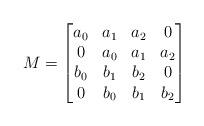
LaTeX: \begin{align*}M=\left[\begin{matrix}a_0 & a_1 & a_2 & 0\\0 & a_0 & a_1 & a_2\\b_0 & b_1 & b_2 & 0\\0 & b_0 & b_1 & b_2 \end{matrix}\right]\end{align*}